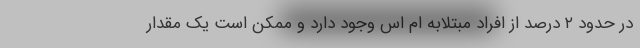
در حدود ۲ درصد از افراد مبتلابه ام اس وجود دارد و ممکن است یک مقدار